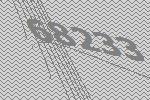
68233